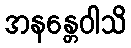
အနန္တေဝါသိ